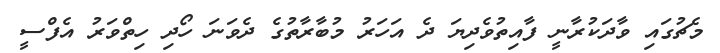
މެޗުގައި ވާދަކުރާނީ ފާއިތުވެދިޔަ ދެ އަހަރު މުބާރާތުގެ ދެވަނަ ހޯދި ހިތްވަރު އެފްސީ